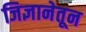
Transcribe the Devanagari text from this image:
जिज्ञानेतून